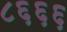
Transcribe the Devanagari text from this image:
८६६६